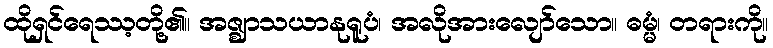
ထိုရှင်ရေဿ့တို့၏။ အဇ္ဈာသယာနုရူပံ၊ အလိုအားလျော်သော။ ဓမ္မံ၊ တရားကို။